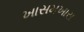
ખાસમખાસ